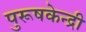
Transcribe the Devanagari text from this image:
पुरूषकेन्द्री